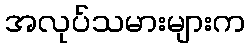
အလုပ်သမားများက